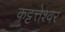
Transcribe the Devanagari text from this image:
कट्टत्तेश्वर